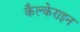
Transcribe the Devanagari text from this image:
कैल्‍केराइन